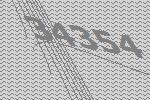
34354